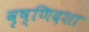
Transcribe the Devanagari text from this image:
वृष्णिदशा